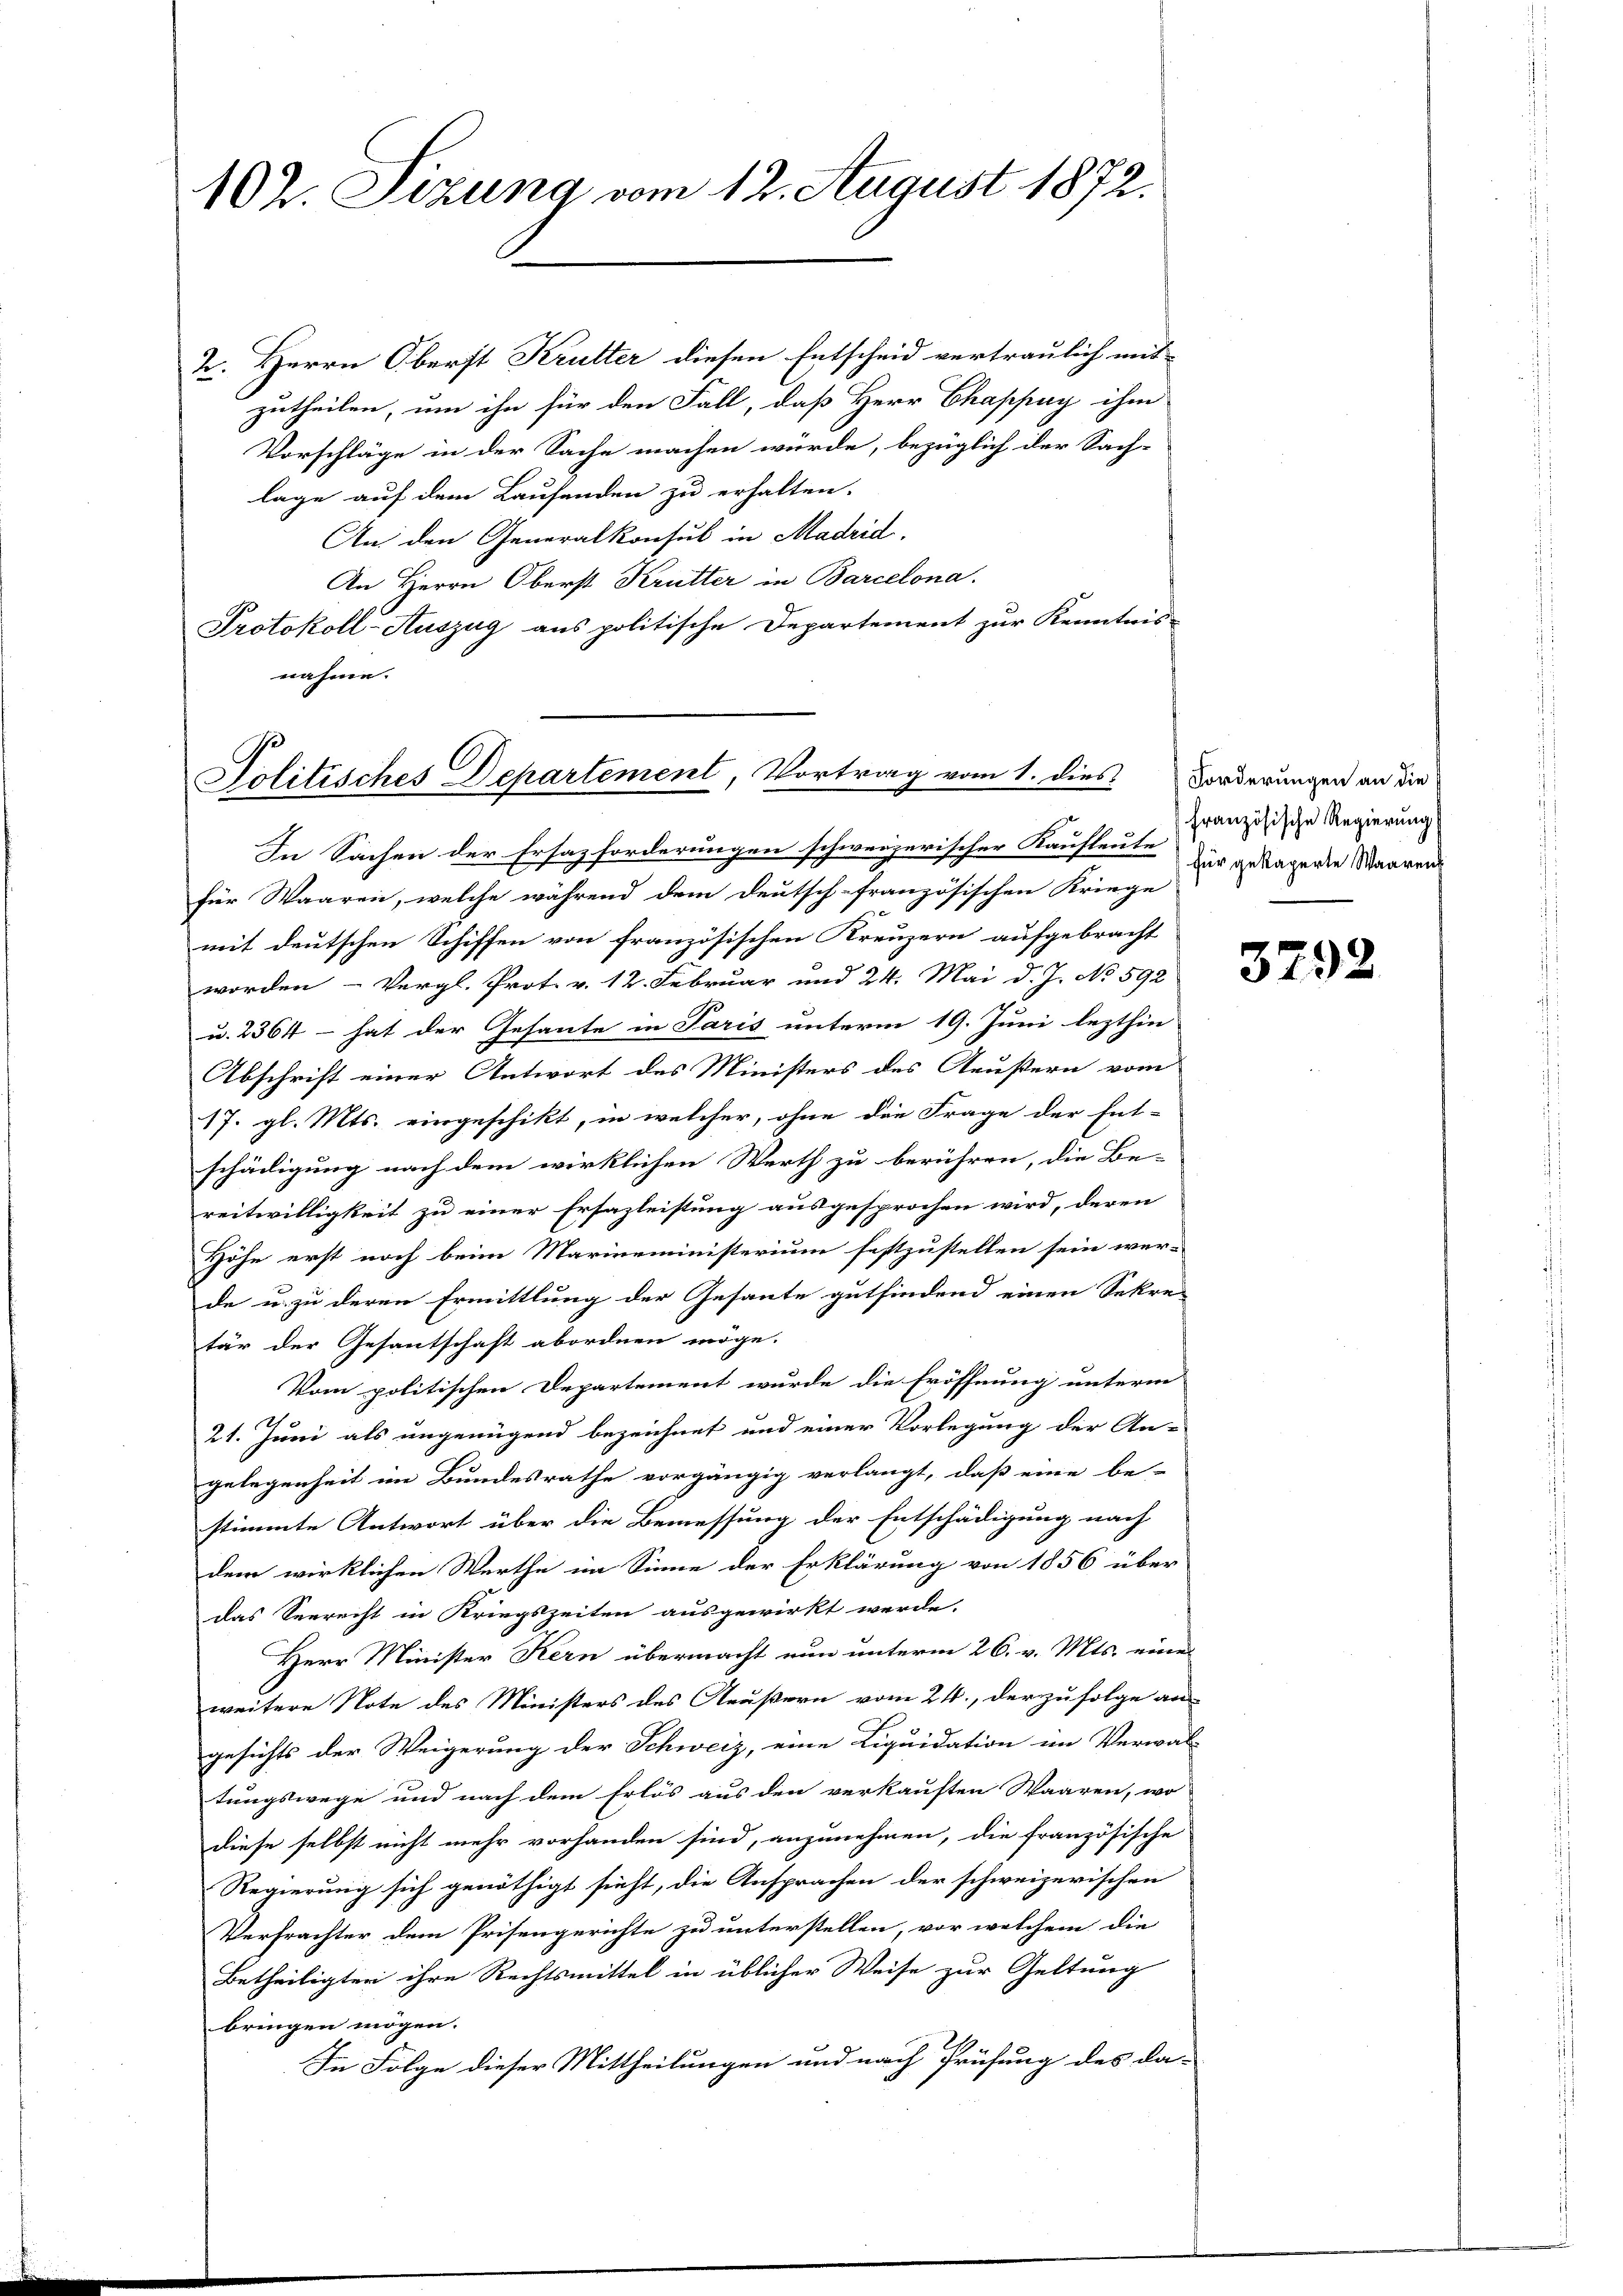
102. Sizung vom 12. August 1872.

2. Herrn Oberst Krutter diesen Entscheid vertraulich mit
zutheilen, um ihn für den Fall, daß Herr Chappuy ihm
Vorschläge in der Sache machen würde, bezüglich der Sach-
lage auf dem Laufenden zu erhalten.
An den Generalkonsul in Madrid.
An Herrn Oberst Krütter in Barcelona.
Protokoll-Auszug aus politische Departement zur Kenntnis-
nahme.

Politisches Departement, Vortrag vom 1. dies

In Sachen der Ersazforderungen schwerzerischer Kaufleute für gelagende Waaren
für Waaren, welche während dem Deutsch-französischen Kriege
mit deutschen Schiffen von französischen Kreuzern aufgebracht
worden Vergl. Prot. v. 12. Februar und 24. Mai d. J. No 592.
u. 2364 – hat der Gesante in Paris unterm 19. Juni lezthin
Abschrift einer Antwort des Ministers des Aeußern vom
17. gl. Mts. eingeschikt, in welcher, ohne die Frage der Ent-
schädigung nach dem wirklichen Werth zu berühren, die Be-
reitwilligkeit zu einer Ersazleistung ausgesprochen wird, deren
Höhe erst noch beim Marineministerium festzustellen sein wer-
de u. zu deren Ermittlung der Gesante gutfindend einen Sekre
tär der Gesantschaft abordnen möge.
Vom politischen Departement wurde die Eröffnung unterm
21. Juni als ungenügend bezeichnet und einer Vorlegung der An-
gelegenheit im Bundesrathe vorgängig verlangt, daß eine be-
stimmte Antwort über die Bemessung der Entschädigung nach
dem wirklichen Werthe im Sinne der Erklärung von 1856 über
das Seerecht in Kriegszeiten ausgewirkt werde.
Herr Minister Kern übermacht nun unterm 26. v. Mts. eine
weitere Note des Ministers des Aeußern vom 24., der zu folge ans
gesichts der Weigerung der Schweiz, eine Liquidation im Verwal-
tungswege und nach dem Erlös aus den verkauften Waaren, wo
diese selbst nicht mehr vorhanden sind, anzunehmen, die französische
Regierung sich genöthigt sieht, die Ansprachen der schweizerischen
Verfrachter dem Prisengerichte zu unterstellen, vor welchem die
Betheiligten ihre Rechtsmittel in üblicher Weise zur Geltung
bringen mögen.
In Folge dieser Mittheilungen und nach Prüfung des da-

Forderungen an die
französische Regierung

3792